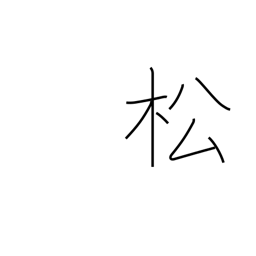
Meaning: pine tree